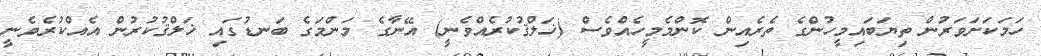
ހަމަކަށަވަރުން ތިޔަބައިމީހުންގެ ތެރެއިން ކޮންމެމީހެއްވެސް (ޚަލްޤުކުރެއްވެނީ) އޭނާގެ މަންމަގެ ބަނޑުގައި ޚަލްޤުކުރުން އެއްކުރެވެނީ